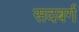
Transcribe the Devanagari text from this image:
सदबर्ग